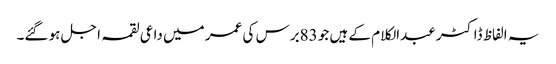
یہ الفاظ ڈاکٹر عبدالکلام کے ہیں جو 83برس کی عمر میں داعی لقمہ اجل ہو گئے۔